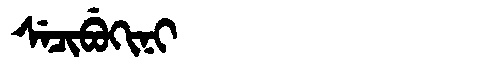
Manchu: ᠰᡝᠴᡳᠪᡠᡴᡳᠨᡳ
Romanization: SECIBUKINI